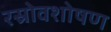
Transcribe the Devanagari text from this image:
रस्रोवशोषण